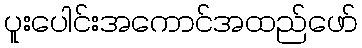
ပူးပေါင်းအကောင်အထည်ဖော်